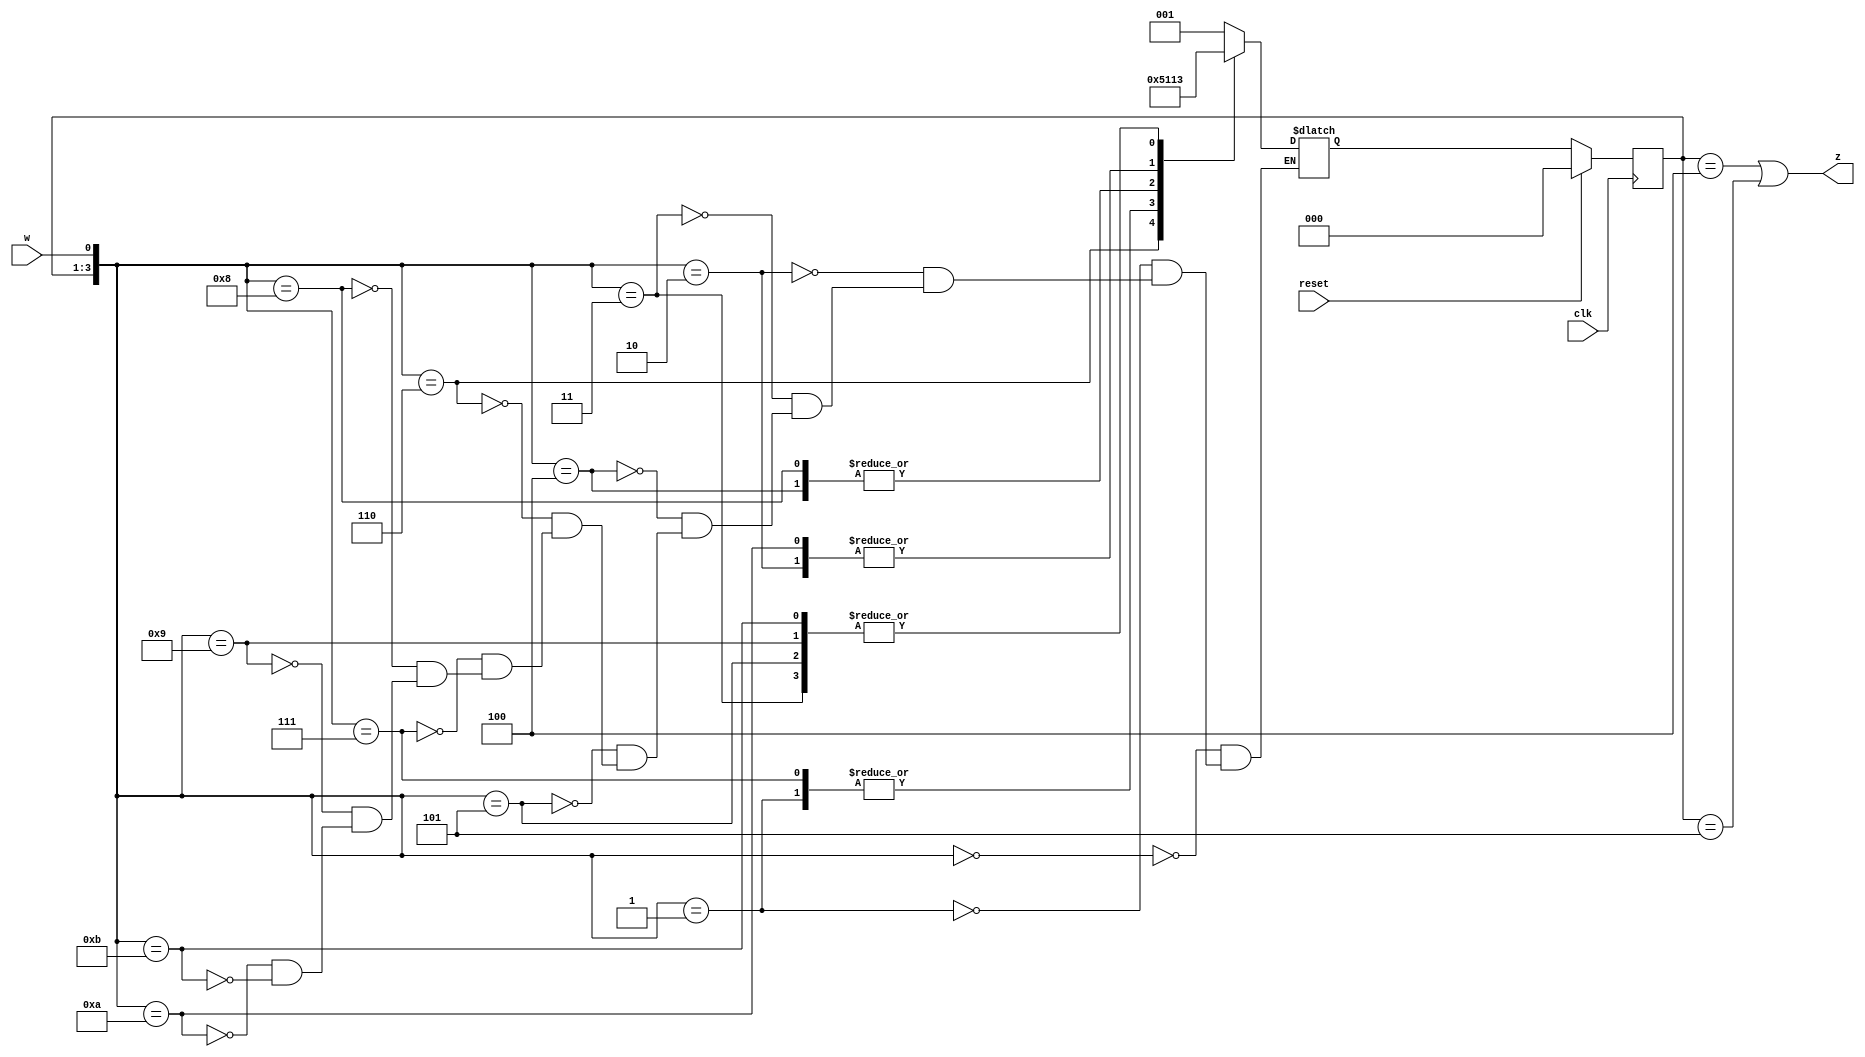
module top_module (
    input clk,
    input reset,     // synchronous reset
    input w,
    output z);

    parameter a=3'b000, b=3'b001, c=3'b010, d=3'b011, e=3'b100, f=3'b101;
    reg [2:0] state, next_state;
    
    always@(*) begin
        case({state, w})
            {a, 1'b0}:  next_state = b;
            {a, 1'b1}:  next_state = a;
            {b, 1'b0}:  next_state = c;
            {b, 1'b1}:  next_state = d;
            {c, 1'b0}:  next_state = e;
            {c, 1'b1}:  next_state = d;
            {d, 1'b0}:  next_state = f;
            {d, 1'b1}:  next_state = a;
            {e, 1'b0}:  next_state = e;
            {e, 1'b1}:  next_state = d;
            {f, 1'b0}:  next_state = c;
            {f, 1'b1}:  next_state = d;
        endcase
    end
    
    always@(posedge clk) begin
        if(reset)
            state <= a;
        else
            state <= next_state;
    end
    
    assign z = (state == e || state == f);
    
endmodule